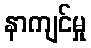
နာကျင်မှု